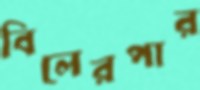
বিলেরপার